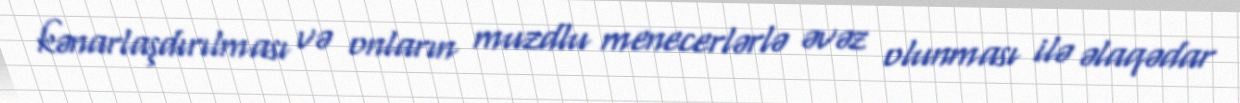
kənarlaşdırılması və onların muzdlu menecerlərlə əvəz olunması ilə əlaqədar